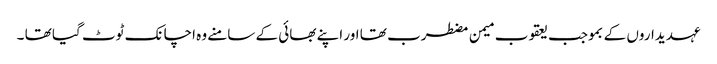
عہدیداروں کے بموجب یعقوب میمن مضطرب تھا اور اپنے بھائی کے سامنے وہ اچانک ٹوٹ گیا تھا ۔